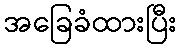
အခြေခံထားပြီး